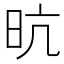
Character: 𭥙